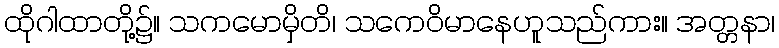
ထိုဂါထာတို့၌။ သကမောမှိတိ၊ သကေဝိမာနေဟူသည်ကား။ အတ္တနာ၊